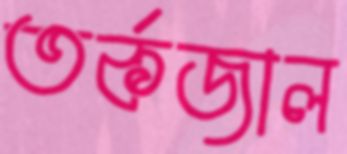
তর্কজাল